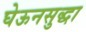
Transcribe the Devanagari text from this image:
घेऊनसुद्धा